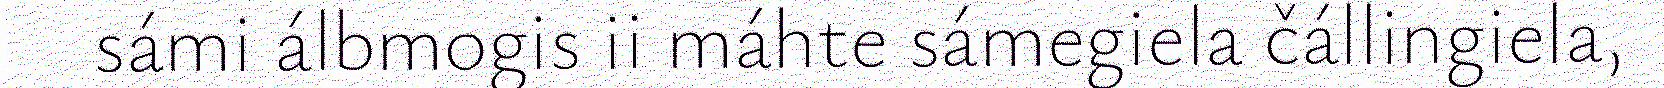
sámi álbmogis ii máhte sámegiela čállingiela,